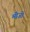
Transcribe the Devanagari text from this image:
मीजो